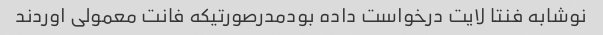
نوشابه فنتا لایت درخواست داده بودمدرصورتیکه فانت معمولی اوردند